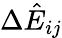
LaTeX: \Delta\hat{E}_{ij}